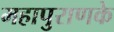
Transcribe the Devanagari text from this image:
महापुराणके